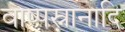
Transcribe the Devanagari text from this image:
वाष्पस्नानादि